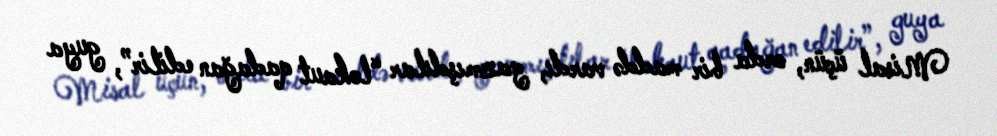
Misal üçün, orda bir maddə vardı, yazmışdılar “lokaut qadağan edilir”, guya